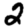
Digit: 2